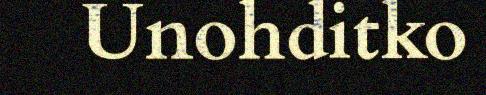
Unohditko